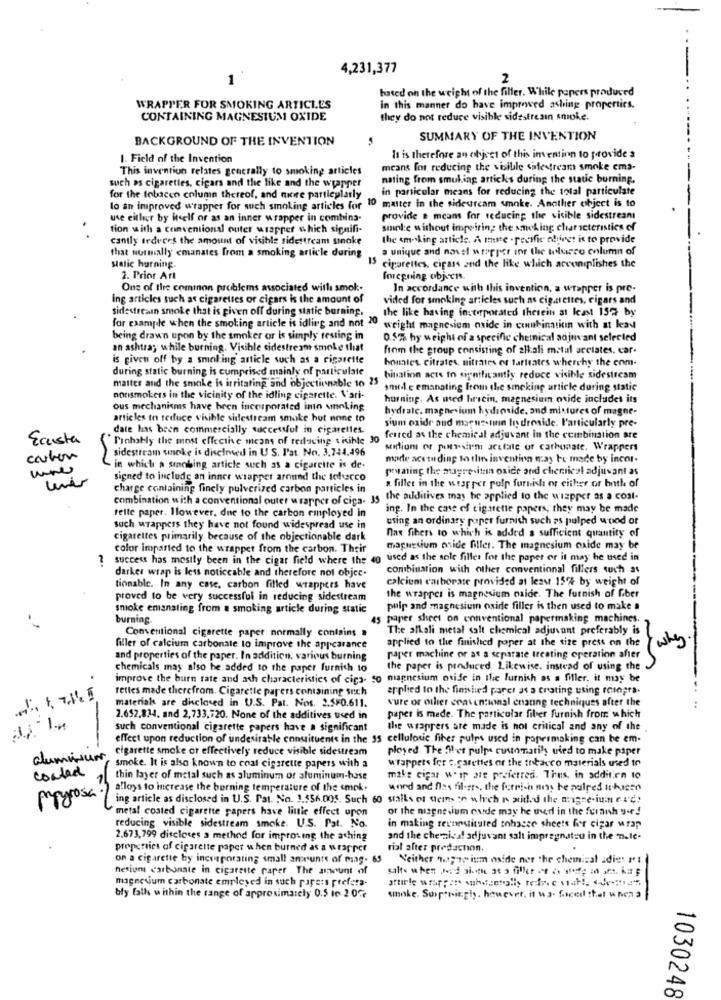
4,231,377
1
2
based on the weight of the filler. While papers produced
WRAPPER FOR SMOKING ARTICLES
in this manner do have improwed aching properties.
CONTAINING MAGNESIUM OXIDE
they do not reduce visible sidestresin smoke.
BACKGROUND OF THE INVENTION
SUMMARY OF THE INVENTION
1. Field of the Invention
It is therefore an object of this in entinn to provide s
This invention relates generally to smoking articles
means for reducing the visible sidestream smoke ema-
nating from smuking articks during the static burning.
such as cigarettes, cigars and the like and the wrapper
in particular means for reducing the total particulate
for the fobacen column thereof, and more particularly
lo an improved wrapper for such smoking articles for 10 matter in the sideurcam smoke. Another object is to
use either by itself or as an inner wrapper in combina-
provide a means for reducing the visible sidestream
tion with a conventional outer wrapper which signifi-
sminke without impeiring: the smoking characteristics of
cantly Irduces the amount of visible sidestream sinoke
the smoking article. A me . pecific object is to provide
a unique and novel wrapper ior the welurso column of
that normally emanates from a smoking article during
15
static hurning.
cigarettes, cipass and the like which acconiplishes the
2. Prior Att
Inregning objects.
One of the common problems associated with smok :-
In accordance with this invention, a wrapper is pre-
ing articles such as cigarettes or cigars is the amount of
vided for smoking articles such as cip.nettes, cigars and
sidestreamn smoke that is given off during static burning,
the like having incorporated therein at least 15% by
for example when the smoking article is idling and not "0 weight magnesium oxide in combination with at lead
being drawn upon by the smoker or Is simply resting in
0.5% by weight of a specific chemical adjuvant selected
an ashtra; while burning. Visible sidestream smoke that
from the group consisting of alkali matul arelates. car-
is given off by a smoking article such as a cigarette
honates citrates, nitrates of tarleates wherchy the com-
during static burning is cumprised mainly of particulate
matter and the smoke is irritating and objectionable to 25
bination acts to significantly reduce visible sidestream
smide emanating from the smoking article during static
nonsmokers in the vicinity of the idling cigarette. Vari-
hurning. As used hrscin, magnesium oxide includes its
ous mechanisms have been incorporated into smoking
hydrate. magnesium hydinside, and mistures of magne-
articles to reduce visible sidestream smoke hut none to
sium oxide and maruz-tinn In droside. Particularly pre-
date has been commercially successful in cigarettes.
Ecusta
Prahably the most effective means of reducing sisihle 30
feared as the chemical adjuvant in the combination are
sidestream smoke is disclosed in US. l'at. No. 3,744,496
sodiom or porairm acetate of carbonate. Wrappers
coulon
made aceta ding to the invention may be made by incor.
in which a sinobing article such as a cigarette is de-
peuaing the magre itin oxide and chenical adjuvant as
signed to include an inner wrapper around the tolecco
a filler in the wrapper pulp furnish or either or both of
charge containing finely pulverized carbon particles in
combination with a conventional outer wrapper of cica- 35
the auditives may be applied to the wizpper as a cost-
ing. In the case of cigarette papers, they may be made
telle paper. However, dne to the carbon employed in
using an ordinary paper furnish such as pulped wood or
such wrappers they have not found widespread use in
nax fibers to which is added a sufficient quantity of
cigarettes primarily because of the objectionable dark
color imparted to the wrappet from the carbon. Their
magnesium oxide filler. The magnesium oxide may be
success has mostly been in the cigar field where the 40
used as the sole filles for the paper or it may be used in
combination with other conventional fillers such as
darker wrap is less noticeable and therefore not objec.
calcium carbonate provided at least 15% by weight of
tionable. In any case, carbon filled wrappers have
proved to be very successful in reducing sidestream
the wrapper is magnesium oxide. The furnish of fiber
smoke emanating from a smoking article during static
pulp and magnesium oxide filler is then used to make a
burning.
45 paper sheet on conventional papermaking machines.
The alkali metal salt chemical adjuvant preferably is
Conventional cigarette paper normally contains .
filler of calcium carbonate to improve the appearance
applied to the finished paper at the size press on the /ashby
and properties of the paper. In addition, various burning
paper machine or as a separate treating operation after
chemicals may also he added to the paper furnish to
the paper is produced. Likewise. instead of using the
improve the burn rate and ach characteristics of ciga- so magnesium otide in the furnish as a Miler. it may be
rettes made therefrom. Cigarette papers containing such
applied In the finished parer at a crating using romogra-
materials are diclosed in U.S. Pat. Nos. 2.5F0.611.
vure or other craventional enating techniques after the
-
2.652.834, and 2,733,720. None of the additives used in
paper is mede. The particular fiber furnish from which
-
such conventional cigarette papers have a significant
the wrappers are made is not critical and any of the
effect upon reduction of undesirable constituents in the 35 cellulouic fiber pulps used in poprimaking can be em-
cigarette smoke or effectively reduce visible sidestream
ployed. The fiet pulpa customatihy uled to make paper
aluminum,
wrappers for cigarettes of the intacco materials used to
coated
smoke. It is also known to coal cigarette papers with a
thin layer of metal such as aluminum of aluminum-hase
make cigar w.sp ate preferred. Thus, in addition to
alloys to increase the burning temperature of the smok.
word and files filier, the forrich any be patres ihacen
Mayrosa
ing article as disclosed in U.S. Pat. No. 1.556.005. Such 60 stails of teins on which r xtided the magnesium er'e!
metal coated cigarette papers have little effect upon
or the misgnesium ounde may he wer in the furanh yer!
reducing visible sidestream smoke. U.S. Pat. No.
in making revnestituted tohacer sheets for cigar wrap
2.673,799 discloses a method for improving the aching
and the che nica! adjuvant salt impregnated in the nele.
properties of cigarette paper when burned as a wrapper
rial after predaction.
on a cigarette by incorporating small amounts of mag- 65
Neither way nes ium aside ner the chemical adies It
nesium carbonate in cigarette paper The amount of
salte when Jord siethe 30 3 filler et .. ., m .m. i= p
magnesium carbonate employed in such parets prefera.
bly falls within the range of approximately 0.5 ie 2 0℃
unnke. Sorpthingis, however, it w 3. faced that when a
1030248